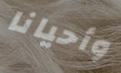
وأحيانا